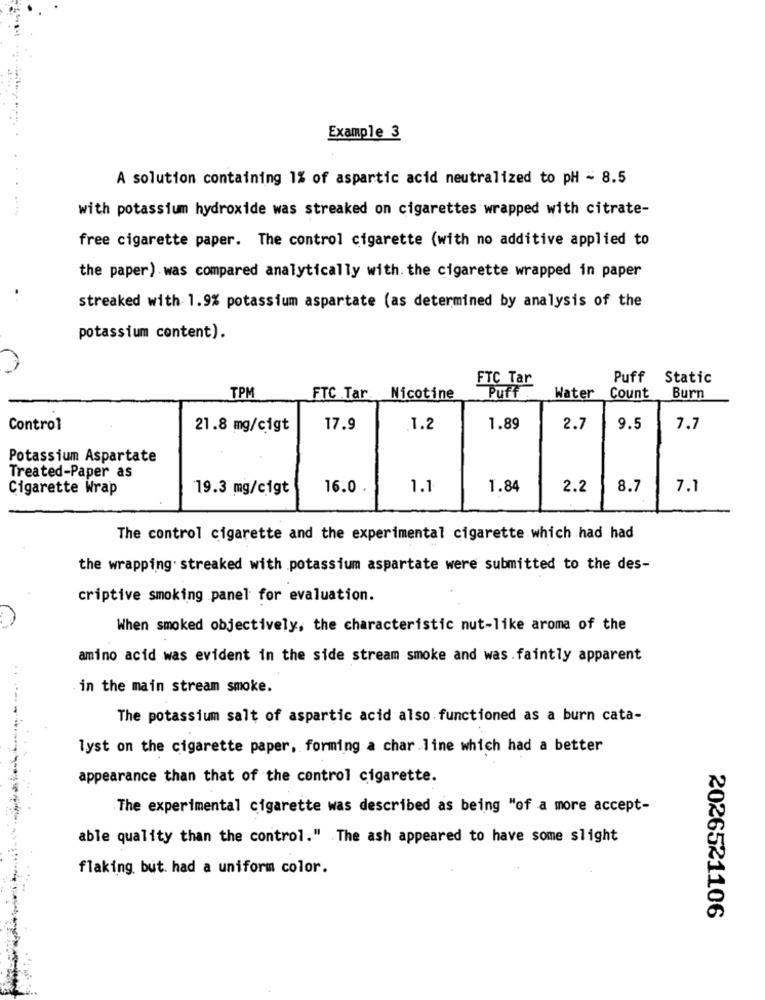
Example 3
A solution containing 1% of aspartic acid neutralized to pH - 8.5
with potassium hydroxide was streaked on cigarettes wrapped with citrate-
free cigarette paper. The control cigarette (with no additive applied to
the paper) was compared analytically with. the cigarette wrapped in paper
..
streaked with 1.9% potassium aspartate (as determined by analysis of the
potassium content).
FTC Tar
Puff
Static
TPM
FTC Tar Nicotine
Puff.
Water
Count
Burn
Control
21.8 mg/cigt
17.9
.1.2
1.89
2.7
9.5
7.7
Potassium Aspartate
Treated-Paper as
Cigarette Wrap
19.3 mg/cigt
16.0
1.1
1.84
2.2
8.7
7.1
The control cigarette and the experimental cigarette which had had
the wrapping streaked with potassium aspartate were submitted to the des-
criptive smoking panel for evaluation.
When smoked objectively, the characteristic nut-like aroma of the
amino acid was evident in the side stream smoke and was . faintly apparent
in the main stream smoke.
The potassium salt of aspartic acid also functioned as a burn cata-
lyst on the cigarette paper, forming a char line which had a better
appearance than that of the control cigarette.
The experimental cigarette was described as being "of a more accept-
able quality than the control." The ash appeared to have some slight
flaking but. had a uniform color.
2026521106